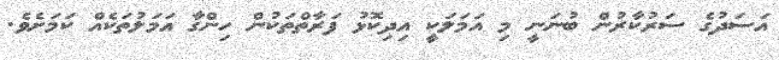
އަސަދުގެ ސަރުކާރުން ބުނަނީ މި އަމަލަކީ އިދިކޮޅު ފަރާތްތަކުން ހިންގާ އަމަލުތަކެއް ކަމަށެވެ.